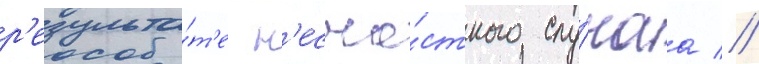
р'езульта́т'е н'есча́стного слу́чаа //